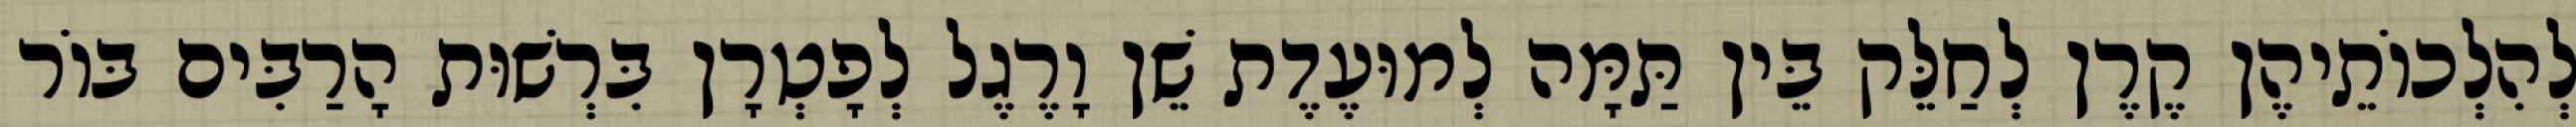
לְהִלְכוֹתֵיהֶן קֶרֶן לְחַלֵּק בֵּין תַּמָּה לְמוּעֶדֶת שֵׁן וָרֶגֶל לְפָטְרָן בִּרְשׁוּת הָרַבִּים בּוֹר